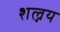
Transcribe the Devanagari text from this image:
शल्नय